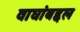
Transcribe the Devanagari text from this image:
वाघांबद्दल